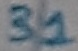
Text: 31